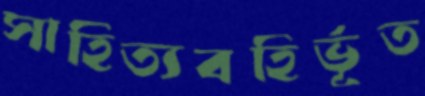
সাহিত্যবহির্ভূত